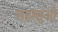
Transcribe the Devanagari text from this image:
महासुओं